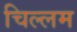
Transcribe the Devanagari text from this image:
चिल्लम